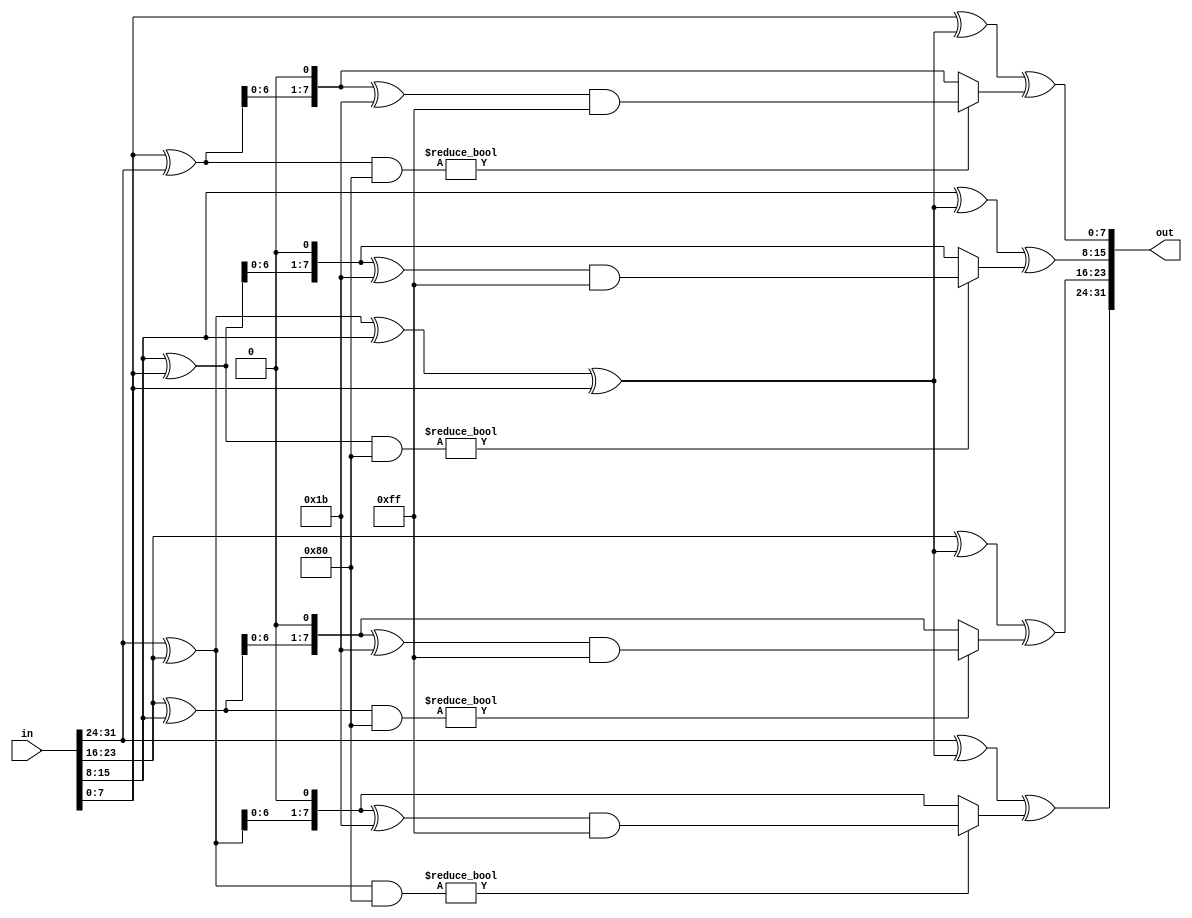
module MixSingleColumn (
    input wire [31:0] in,
    output reg [31:0] out
);
    wire [7:0] a0, a1, a2, a3;
    reg [7:0] result_a0, result_a1, result_a2, result_a3;


    assign a0 = in[31:24];
    assign a1 = in[23:16];
    assign a2 = in[15:8];
    assign a3 = in[7:0];

    assign out[31:24] = result_a0;
    assign out[23:16] = result_a1;
    assign out[15:8] = result_a2;
    assign out[7:0] = result_a3;

    reg [7:0] t, u;

    always @* begin
        t = a0 ^ a1 ^ a2 ^ a3;
        u = a0;

        result_a0 = a0 ^ t ^ xtime(a0 ^ a1);
        result_a1 = a1 ^ t ^ xtime(a1 ^ a2);
        result_a2 = a2 ^ t ^ xtime(a2 ^ a3);
        result_a3 = a3 ^ t ^ xtime(a3 ^ u);
    end

    // xtime function
    function [7:0] xtime;
        input [7:0] a;
        begin
            if (a & 8'h80) // Check if the MSB is 1
                xtime = ((a << 1) ^ 8'h1b) & 8'hff;
            else
                xtime = a << 1;
        end
    endfunction

endmodule